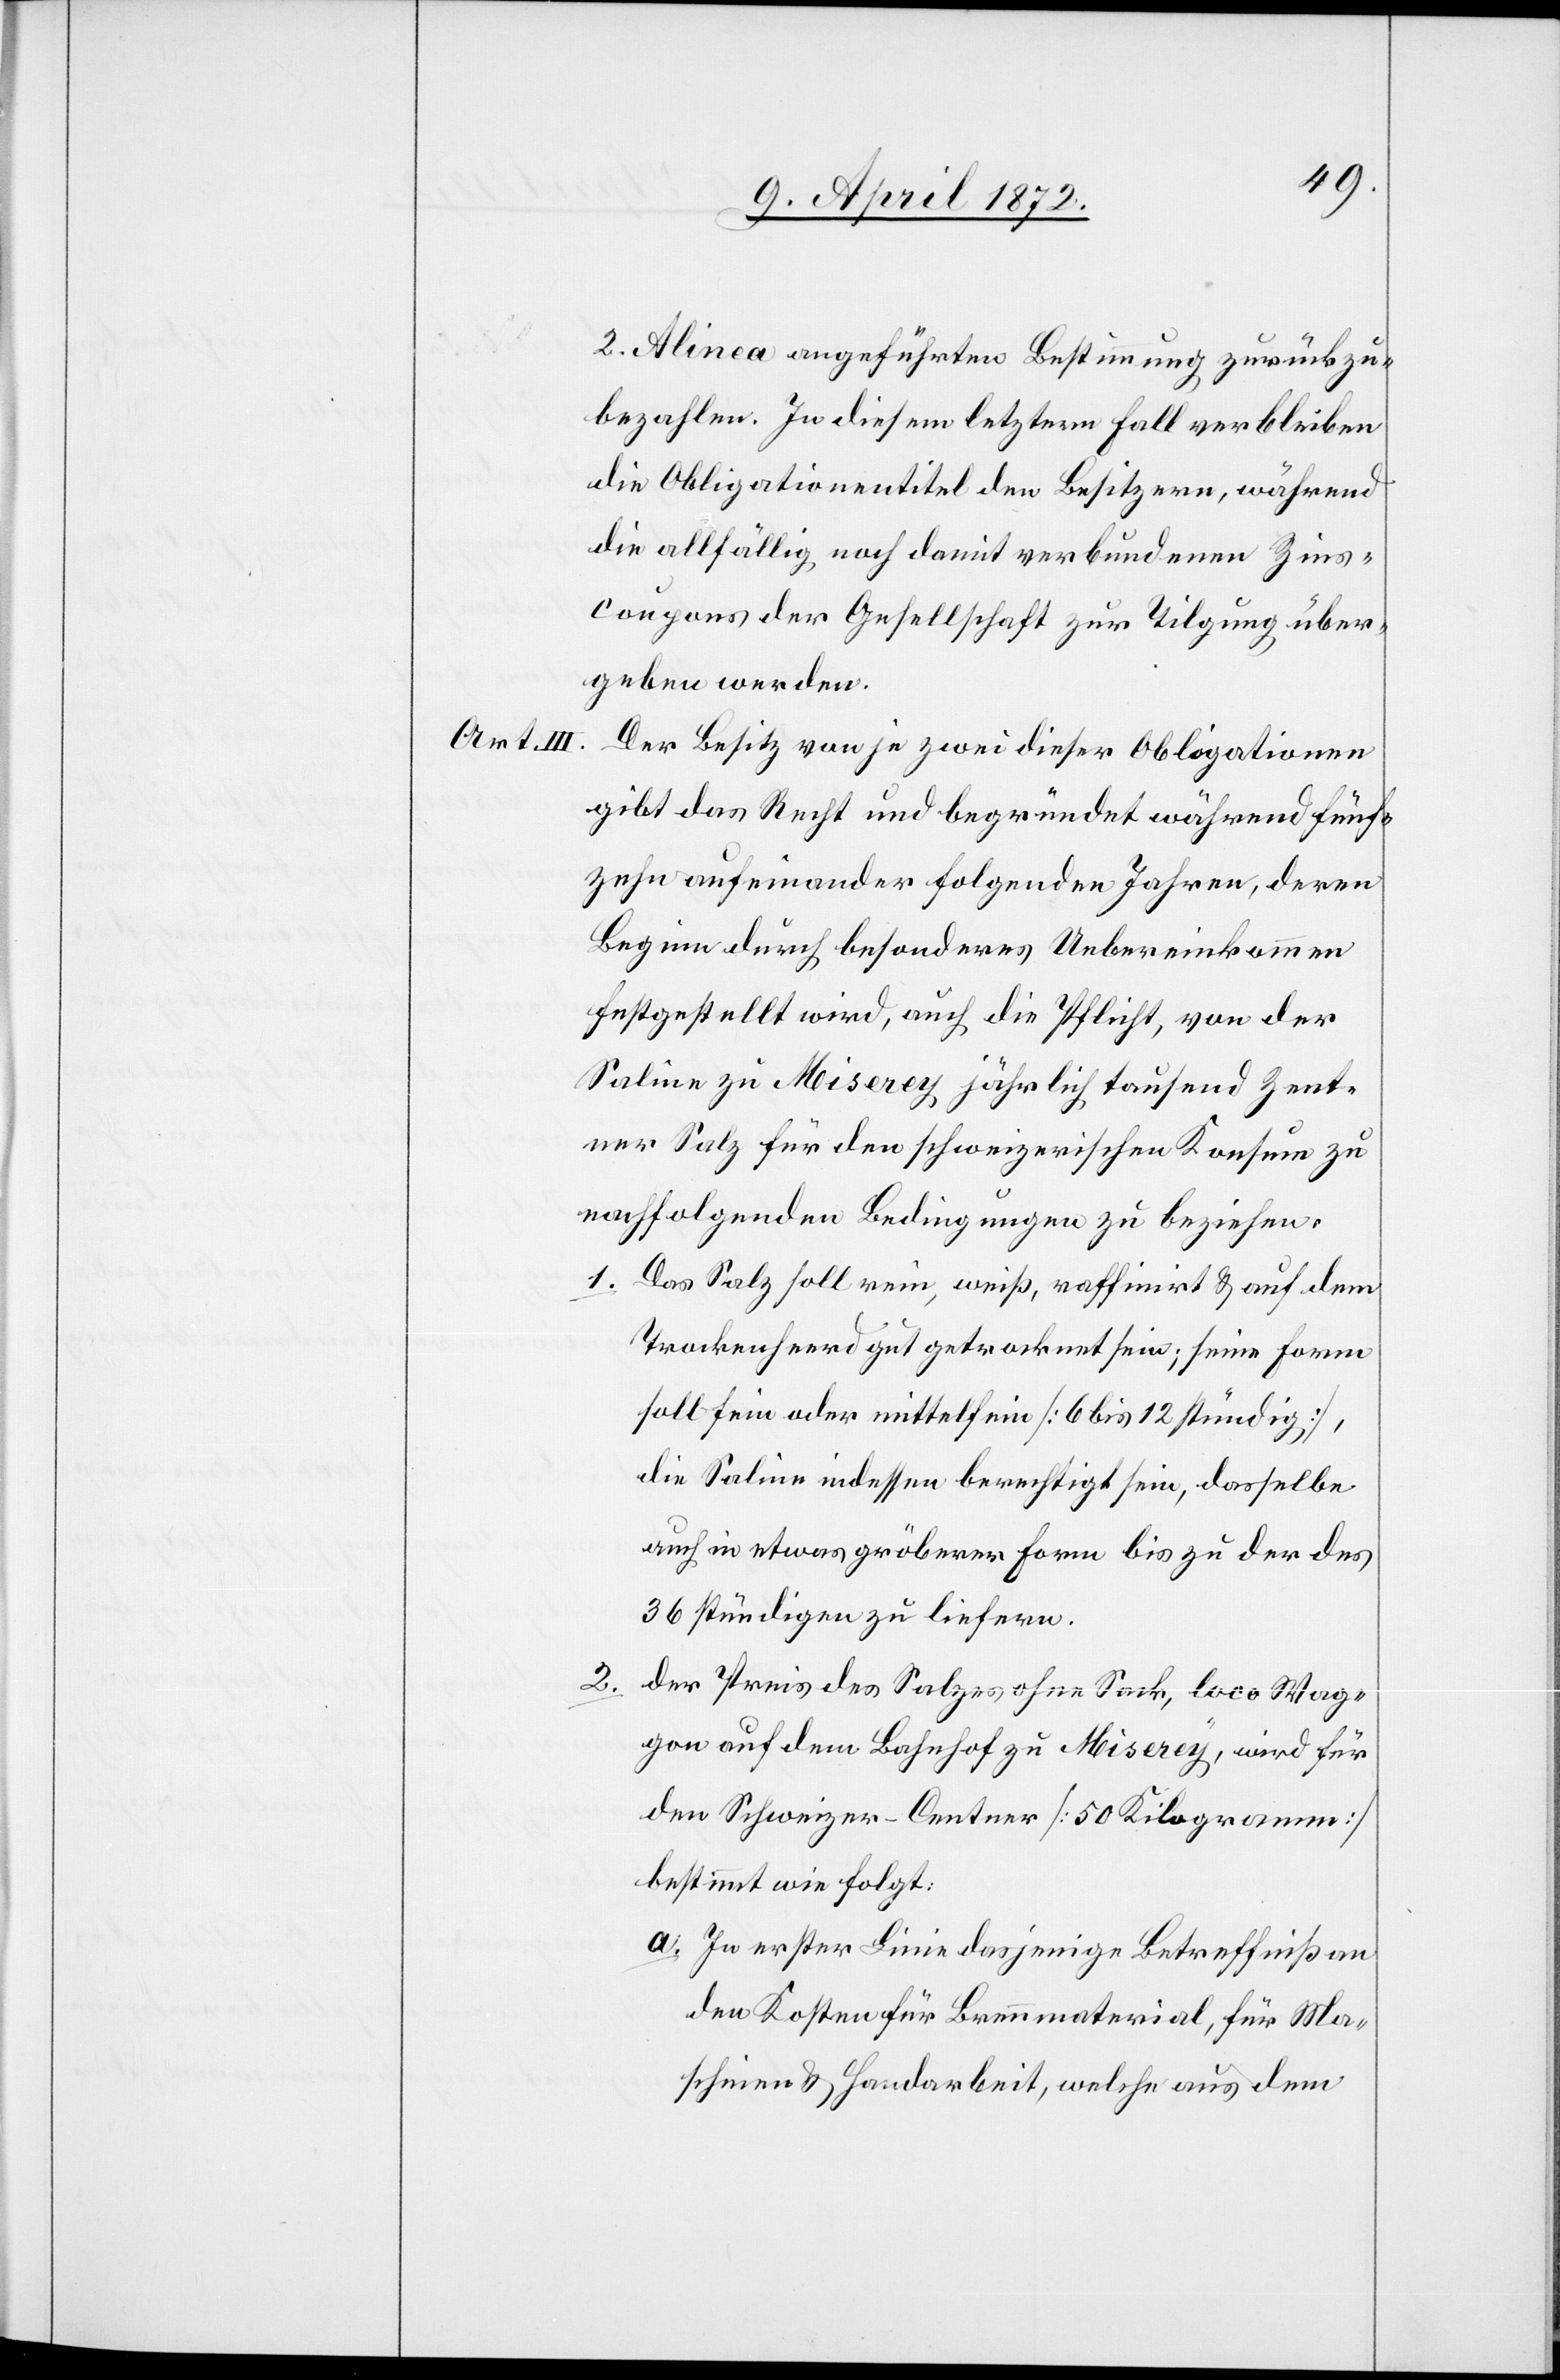
Art III.

2.

2. Alinea angeführten Bestimmung zurückzu¬
bezahlen. In diesem letzterm Fall verbleiben
die Obligationentitel den Besitzern, während
die allfällig noch damit verbundenen Zins¬
coupons der Gesellschaft zur Tilgung über¬
geben werden.
Der Besitz von je zwei dieser Obligationen
gibt das Recht und begründet während fünf¬
zehn aufeinander folgenden Jahren, deren
Beginn durch besonderes Uebereinkommen
festgestellt wird, auch die Pflicht, von der
Saline zu Miserey jährlich tausend Zent¬
ner Salz für den schweizerischen Konsum zu
nachfolgenden Bedingungen zu beziehen.
1. Das Salz soll rein, weiß, raffinirt u. auf dem
Trockenheerd gut getrocknet sein; seine Form
soll fein oder mittelfein [6 bis 12 stündig],
die Saline indessen berechtigt sein, dasselbe
auch in etwas gröberer Form bis zu der des
36 stündigen zu liefern.
Der Preis des Salzes ohne Sack, loco Wag¬
gon auf dem Bahnhof zu Miserey, wird für
den Schweizer-Centner [50 Kilogramm]
bestimmt wie folgt:
a. In erster Linie dasjenige Betreffniß an
den Kosten für Brennmaterial, für Ma¬
schinen u. Handarbeit, welche aus dem